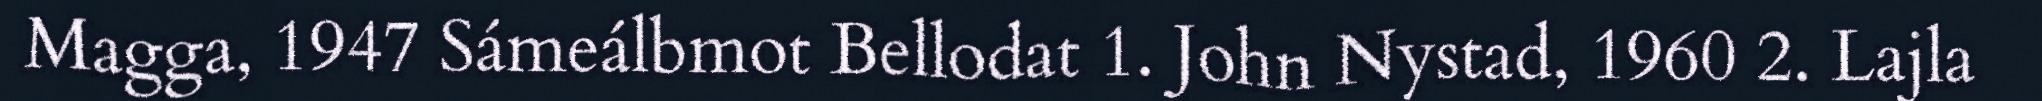
Magga, 1947 Sámeálbmot Bellodat 1. John Nystad, 1960 2. Lajla